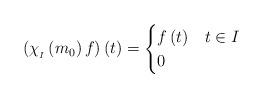
LaTeX: \begin{align*}\left(\chi_{_{I}}\left(m_{0}\right)f\right)\left(t\right)=\begin{cases}f\left(t\right) & t\in I\\0 & \end{cases}\end{align*}